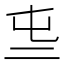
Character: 𠄤